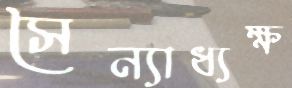
সৈন্যাধ্যক্ষ